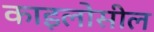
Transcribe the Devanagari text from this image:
काइलोसील